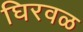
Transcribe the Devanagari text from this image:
घिरवळ